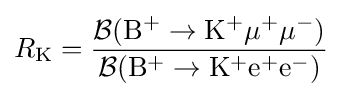
R_{\rm {K}}={\frac {{\mathcal {B}}(\mathrm {B} ^{+}\to \mathrm {K} ^{+}\mu ^{+}\mu ^{-})}{{\mathcal {B}}(\mathrm {B} ^{+}\to \mathrm {K} ^{+}\mathrm {e} ^{+}\mathrm {e} ^{-})}}